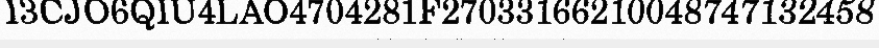
I3CJO6QIU4LAO4704281F27033166210048747132458